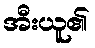
အီးယူ၏